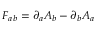
F _ { a b } = \partial _ { a } A _ { b } - \partial _ { b } A _ { a }